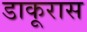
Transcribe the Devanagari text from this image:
डाकूरास